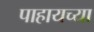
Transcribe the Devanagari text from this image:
पाहायच्या